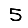
Digit: 5